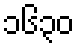
၁၆၃၀